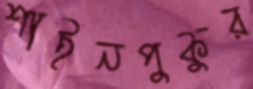
শাইনপুকুর